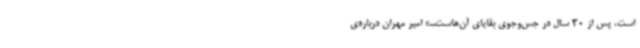
است، پس از 30 سال در جس‌وجوی بقایای آن‌هاست...» امیر مهران درباره‌ی